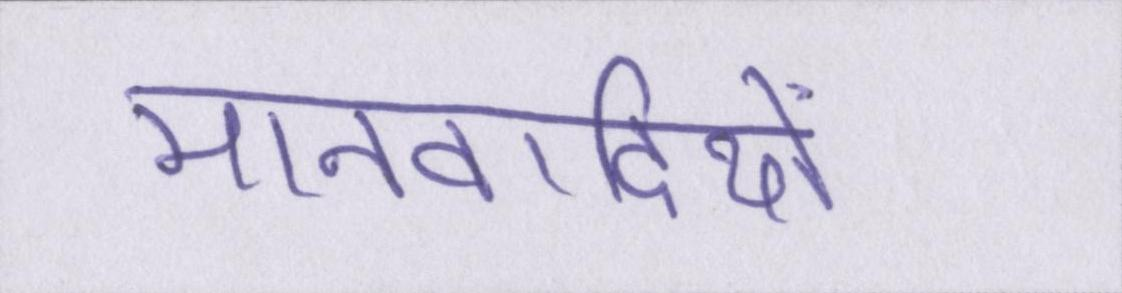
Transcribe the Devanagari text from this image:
मानवादियों